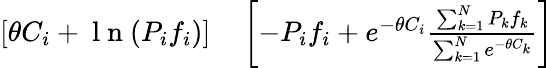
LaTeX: \begin{array}{rl}{[\theta C_{i}+\mathrm{~l~n~}(P_{i}f_{i})]}&{{}\left[-P_{i}f_{i}+e^{-\theta C_{i}}\frac{\sum_{k=1}^{N}P_{k}f_{k}}{\sum_{k=1}^{N}e^{-\theta C_{k}}}\right]}\end{array}